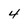
Character: 4